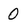
Character: 0